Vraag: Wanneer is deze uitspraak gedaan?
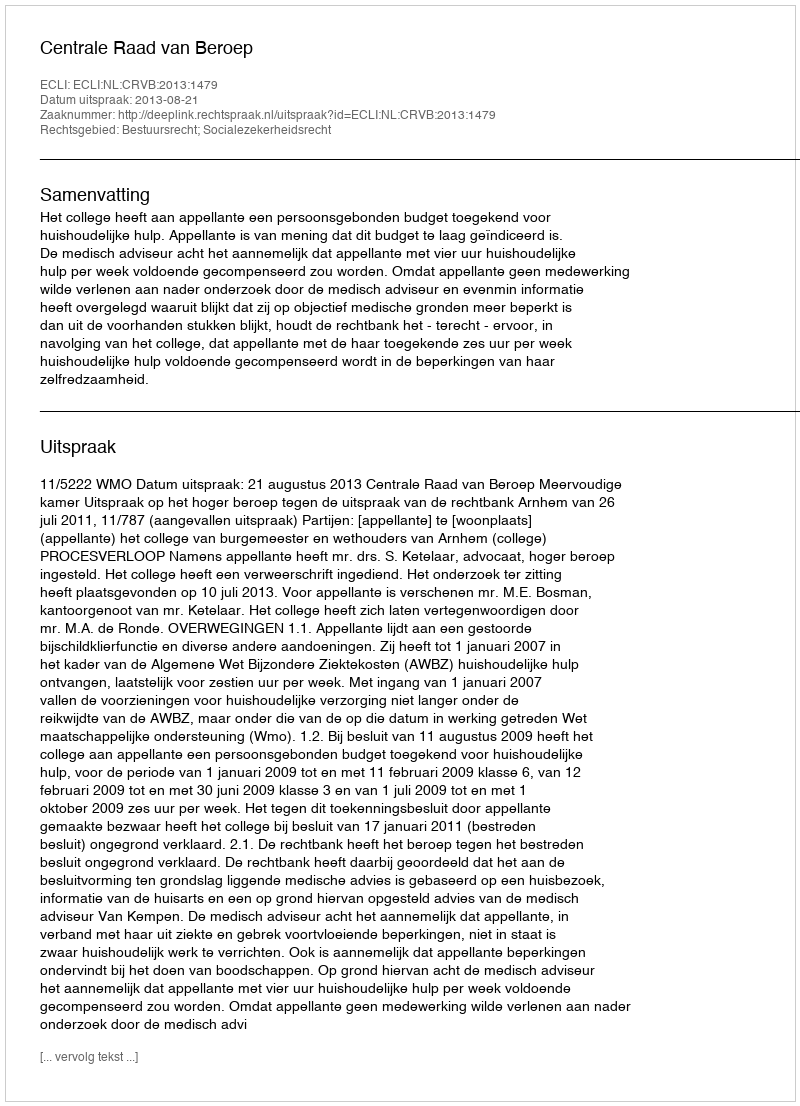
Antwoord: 2013-08-21